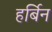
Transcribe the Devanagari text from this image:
हर्बिन